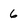
Character: 6